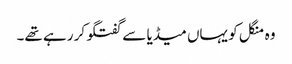
وہ منگل کو یہاں میڈیا سے گفتگو کر رہے تھے۔